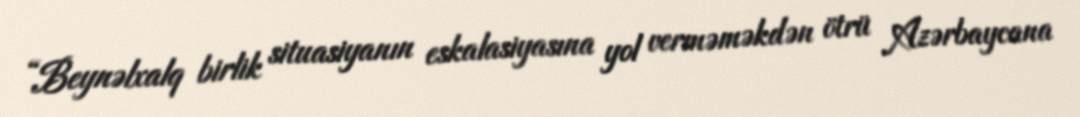
“Beynəlxalq birlik situasiyanın eskalasiyasına yol verməməkdən ötrü Azərbaycana